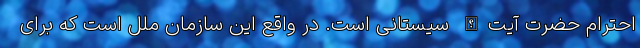
احترام حضرت آیت‌الله سیستانی است. در واقع این سازمان ملل است که برای